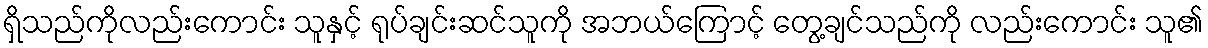
ရှိသည်ကိုလည်းကောင်း သူနှင့် ရုပ်ချင်းဆင်သူကို အဘယ်ကြောင့် တွေ့ချင်သည်ကို လည်းကောင်း သူ၏